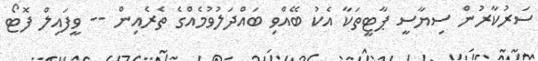
ސަރުކާރުން ސިޔާސީ ޕާޓީތަކާ އެކު ބޭއްވި ބައްދަލުވުމެއްގެ ތެރެއިން -- ވީފައިލް ފޮޓޯ